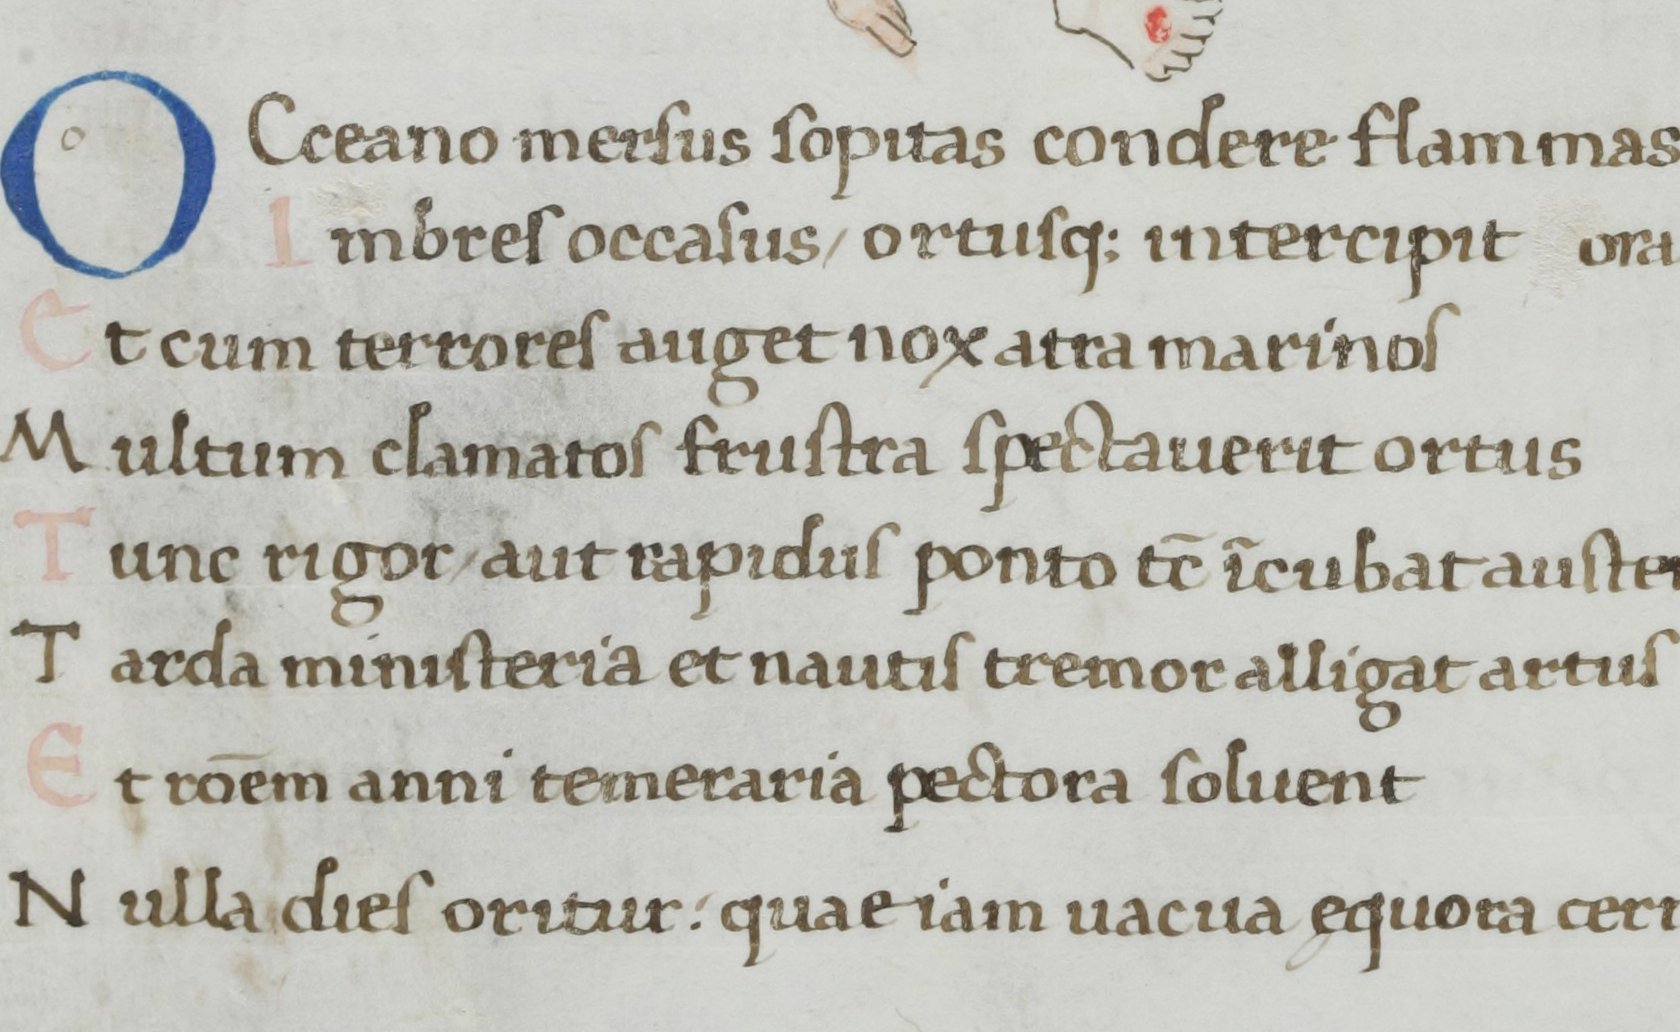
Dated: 1400–1499